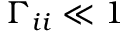
\Gamma _ { i i } \ll 1